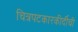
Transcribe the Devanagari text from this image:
चित्रपटकारकीर्दीची